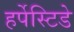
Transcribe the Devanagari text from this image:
हर्पेस्टिडे